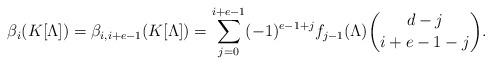
LaTeX: \begin{align*} \beta_{i} (K[\Lambda]) = \beta_{i, i+e-1} (K[\Lambda]) = \sum_{j = 0}^{i+e-1} (-1)^{e-1+j} f_{j-1} (\Lambda) \binom{d-j}{i+e-1-j}. \end{align*}